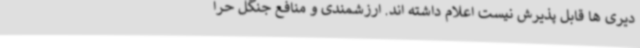
دیری ها قابل پذیرش نیست اعلام داشته اند. ارزشمندی و منافع جنگل حرا